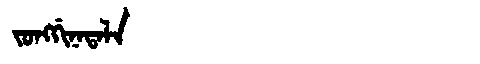
Manchu: ᠵᠣᠩᡤᡳᠨᠠᡨᠠᠯᠠ
Romanization: JONGGINATALA